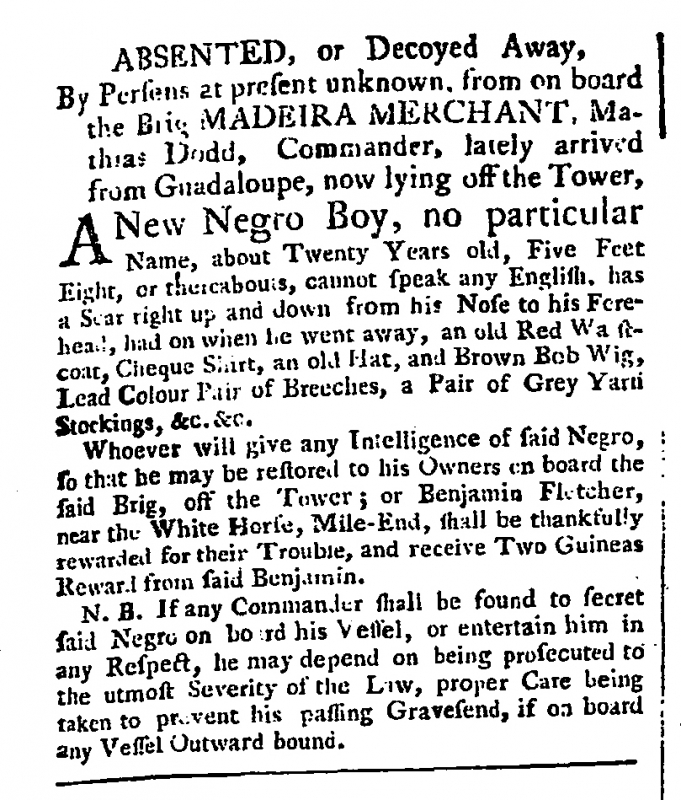
Public Ledger, Or, Daily Register of Commerce and Intelligence, 10 October 1761 (England)
ABSENTED, or Decoyed Away,By Persons at present unknown, from on board the Brig MADEIRA MERCHANT, Mathias Dodd, Commander, lately arrived from Guadaloupe, now lying off the Tower,  A New Negro Boy, no particular Name, about Twenty Years old, Five Feet Eight, or thereabouts, cannot speak any English, has a Scar right up and down from his Nose to his Forehead, had on when he went away, an old Red Waistcoat, Cheque Shirt, an old Hat, and Brown Bob Wig, Lead Colour Pair of Breeches, a Pair of Grey Yarn Stockings, &c.&c.  Whoever will give any Intelligence of said Negro, so that he may be restored to his Owners on board the said Brig, off the Tower; or Benjamin Fletcher, near the White Horse, Mile-End, shall be thankfully rewarded for their Trouble, and receive Two Guineas Reward from said Benjamin.  N.B. If any Commander shall be found to secret said Negro on board his Vessel, or entertain him in any Respect, he may depend on being prosecuted to the utmost Severity of the Law, proper Care being taken to prevent his passing Gravesend, if on board any Vessel Outward bound.